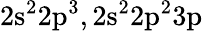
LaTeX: \mathrm{2s^{2}2p^{3},2s^{2}2p^{2}3p}